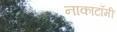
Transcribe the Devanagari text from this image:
नाकाटॉमी